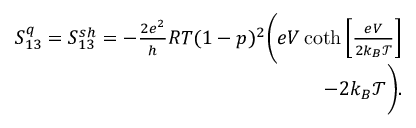
\begin{array} { r } { S _ { 1 3 } ^ { q } = { S _ { 1 3 } ^ { s h } } = - \frac { 2 e ^ { 2 } } { h } R T ( 1 - p ) ^ { 2 } \bigg ( e V \coth \left[ \frac { e V } { 2 k _ { B } \mathcal { T } } \right] } \\ { - 2 k _ { B } \mathcal { T } \bigg ) . } \end{array}